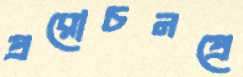
প্ররোচনপ্রে